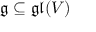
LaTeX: { \mathfrak { g } } \subseteq { \mathfrak { g l } } ( V )